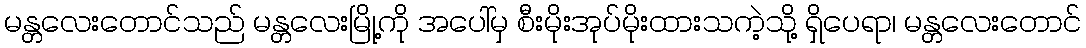
မန္တလေးတောင်သည် မန္တလေးမြို့ကို အပေါ်မှ စီးမိုးအုပ်မိုးထားသကဲ့သို့ ရှိပေရာ၊ မန္တလေးတောင်